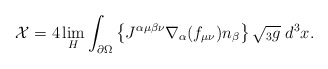
\begin{align*}{\cal X}=4 \lim_H \int_{\partial\Omega} \left\{ J^{\alpha\mu\beta\nu} \nabla_{\alpha}( f_{\mu\nu} ) n_\beta \right\} \sqrt{{}_3 g} \; d^3x.\end{align*}